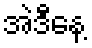
အဲဒီနေ့